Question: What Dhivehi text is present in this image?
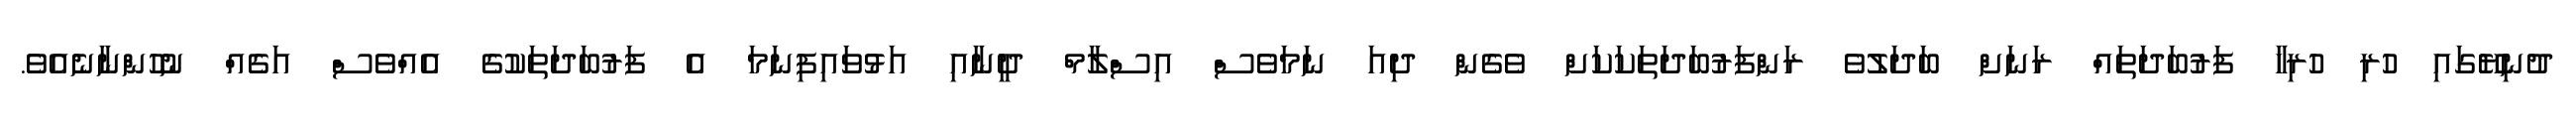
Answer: ދުނިޔޭގައި ހުރި ހުރިހާ ފަރުބަދަތައް ރަނަށް ބަދަލުވެ ރަންފަރުބަދަތަކަކަށް ވެގެން ދިއަ ނަމަވެސް އިސްލާމް ދީނާއި އަޅުވައިފިނަމަ އެ ފަރުބަދަތަކުގެ އެއްވެސް އަގެއް ނުހުންނާނެއެވެ.